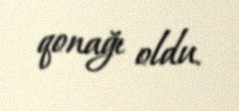
qonağı oldu.